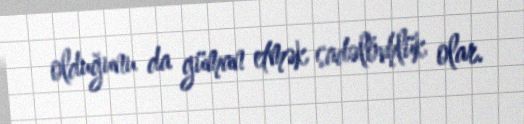
olduğunu da güman etmək sadəlövhlük olar.